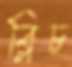
ব্লিচ